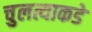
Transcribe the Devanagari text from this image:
चुलत्याकडे